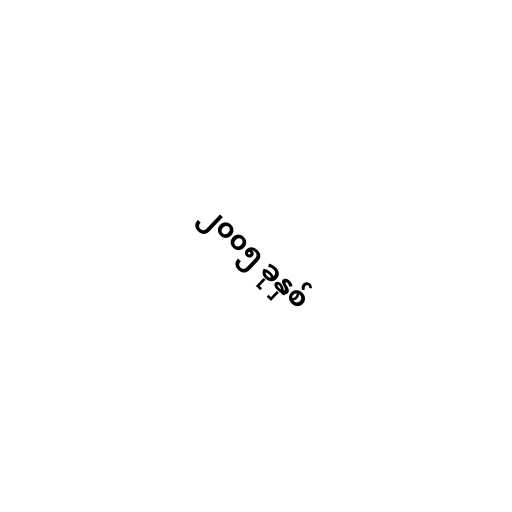
၂၀၀၅ ခုနှစ်